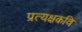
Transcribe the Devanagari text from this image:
प्रत्यक्षकवि